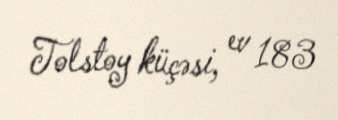
Tolstoy küçəsi, ev 183